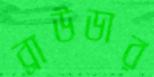
ব্রাউডার